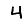
Digit: 4